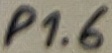
Text: P1.6